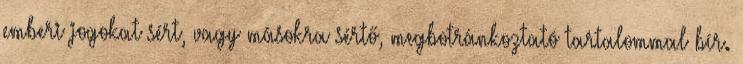
emberi jogokat sért, vagy másokra sértő, megbotránkoztató tartalommal bír.